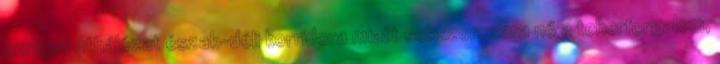
európai úthálózat észak-déli korridora miatt sokszorosára nő a teherforgalom,